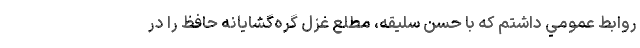
روابط عمومي داشتم كه با حسن سليقه، مطلع غزل گره‌گشايانه حافظ را در